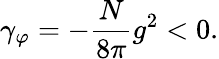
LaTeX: \gamma_{\varphi}=-\frac{N}{8\pi}g^{2}<0.